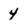
Character: 4